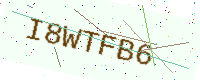
Text: I8WTFB6